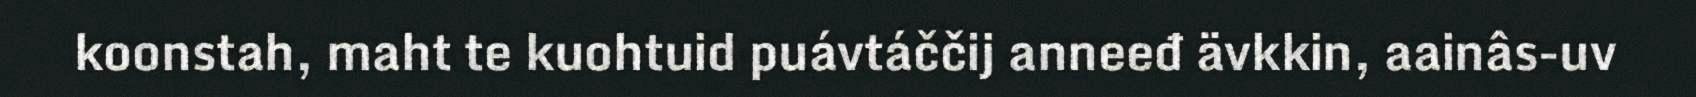
koonstah, maht te kuohtuid puávtáččij anneeđ ävkkin, aainâs-uv